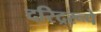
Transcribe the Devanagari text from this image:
दरिद्ररूपे